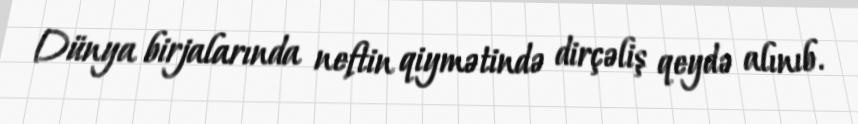
Dünya birjalarında neftin qiymətində dirçəliş qeydə alınıb.